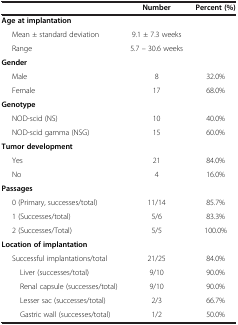
<table><thead><tr><td><b> </b></td><td><b>Number</b></td><td><b>Percent (%)</b></td></tr></thead><tbody><tr><td><b>Age at implantation</b></td><td> </td><td> </td></tr><tr><td>Mean ± standard deviation</td><td>9.1 ± 7.3 weeks</td><td> </td></tr><tr><td>Range</td><td>5.7 – 30.6 weeks</td><td> </td></tr><tr><td><b>Gender</b></td><td> </td><td> </td></tr><tr><td>Male</td><td>8</td><td>32.0%</td></tr><tr><td>Female</td><td>17</td><td>68.0%</td></tr><tr><td><b>Genotype</b></td><td> </td><td> </td></tr><tr><td>NOD-scid (NS)</td><td>10</td><td>40.0%</td></tr><tr><td>NOD-scid gamma (NSG)</td><td>15</td><td>60.0%</td></tr><tr><td><b>Tumor development</b></td><td> </td><td> </td></tr><tr><td>Yes</td><td>21</td><td>84.0%</td></tr><tr><td>No</td><td>4</td><td>16.0%</td></tr><tr><td><b>Passages</b></td><td> </td><td> </td></tr><tr><td>0 (Primary, successes/total)</td><td>11/14</td><td>85.7%</td></tr><tr><td>1 (Successes/total)</td><td>5/6</td><td>83.3%</td></tr><tr><td>2 (Successes/Total)</td><td>5/5</td><td>100.0%</td></tr><tr><td><b>Location of implantation</b></td><td> </td><td> </td></tr><tr><td>Successful implantations/total</td><td>21/25</td><td>84.0%</td></tr><tr><td>Liver (successes/total)</td><td>9/10</td><td>90.0%</td></tr><tr><td>Renal capsule (successes/total)</td><td>9/10</td><td>90.0%</td></tr><tr><td>Lesser sac (successes/total)</td><td>2/3</td><td>66.7%</td></tr><tr><td>Gastric wall (successes/total)</td><td>1/2</td><td>50.0%</td></tr></tbody></table>